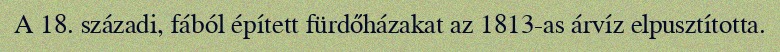
A 18. századi, fából épített fürdőházakat az 1813-as árvíz elpusztította.